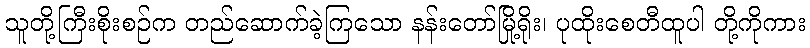
သူတို့ကြီးစိုးစဉ်က တည်ဆောက်ခဲ့ကြသော နန်းတော်မြို့ရိုး၊ ပုထိုးစေတီထူပါ တို့ကိုကား